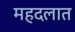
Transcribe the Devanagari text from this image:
महदलात